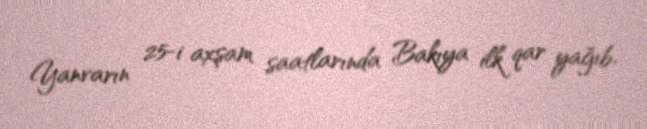
Yanvarın 25-i axşam saatlarında Bakıya ilk qar yağıb.